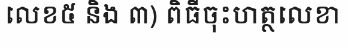
លេខ៥ និង ៣) ពិធីចុះហត្ថលេខា